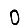
Digit: 0